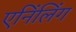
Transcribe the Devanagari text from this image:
एनिंलिंग